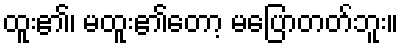
ထူး၏၊ မထူး၏တော့ မပြောတတ်ဘူး။